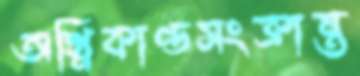
অগ্নিকাণ্ডসংক্রান্ত